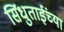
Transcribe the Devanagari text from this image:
सिंधुताईंच्या